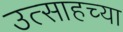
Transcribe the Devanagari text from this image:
उत्साहच्या